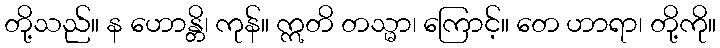
တို့သည်။ န ဟောန္တိ၊ ကုန်။ ဣတိ တသ္မာ၊ ကြောင့်။ တေ ဟာရာ၊ တို့ကို။